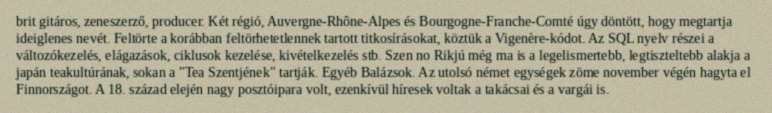
brit gitáros, zeneszerző, producer. Két régió, Auvergne-Rhône-Alpes és Bourgogne-Franche-Comté úgy döntött, hogy megtartja ideiglenes nevét. Feltörte a korábban feltörhetetlennek tartott titkosírásokat, köztük a Vigenère-kódot. Az SQL nyelv részei a változókezelés, elágazások, ciklusok kezelése, kivételkezelés stb. Szen no Rikjú még ma is a legelismertebb, legtiszteltebb alakja a japán teakultúrának, sokan a "Tea Szentjének" tartják. Egyéb Balázsok. Az utolsó német egységek zöme november végén hagyta el Finnországot. A 18. század elején nagy posztóipara volt, ezenkívül híresek voltak a takácsai és a vargái is.